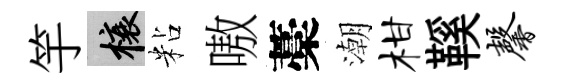
竽榱粘嗷藁潮柑鞵馨